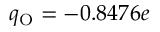
q _ { \mathrm { O } } = - 0 . 8 4 7 6 e